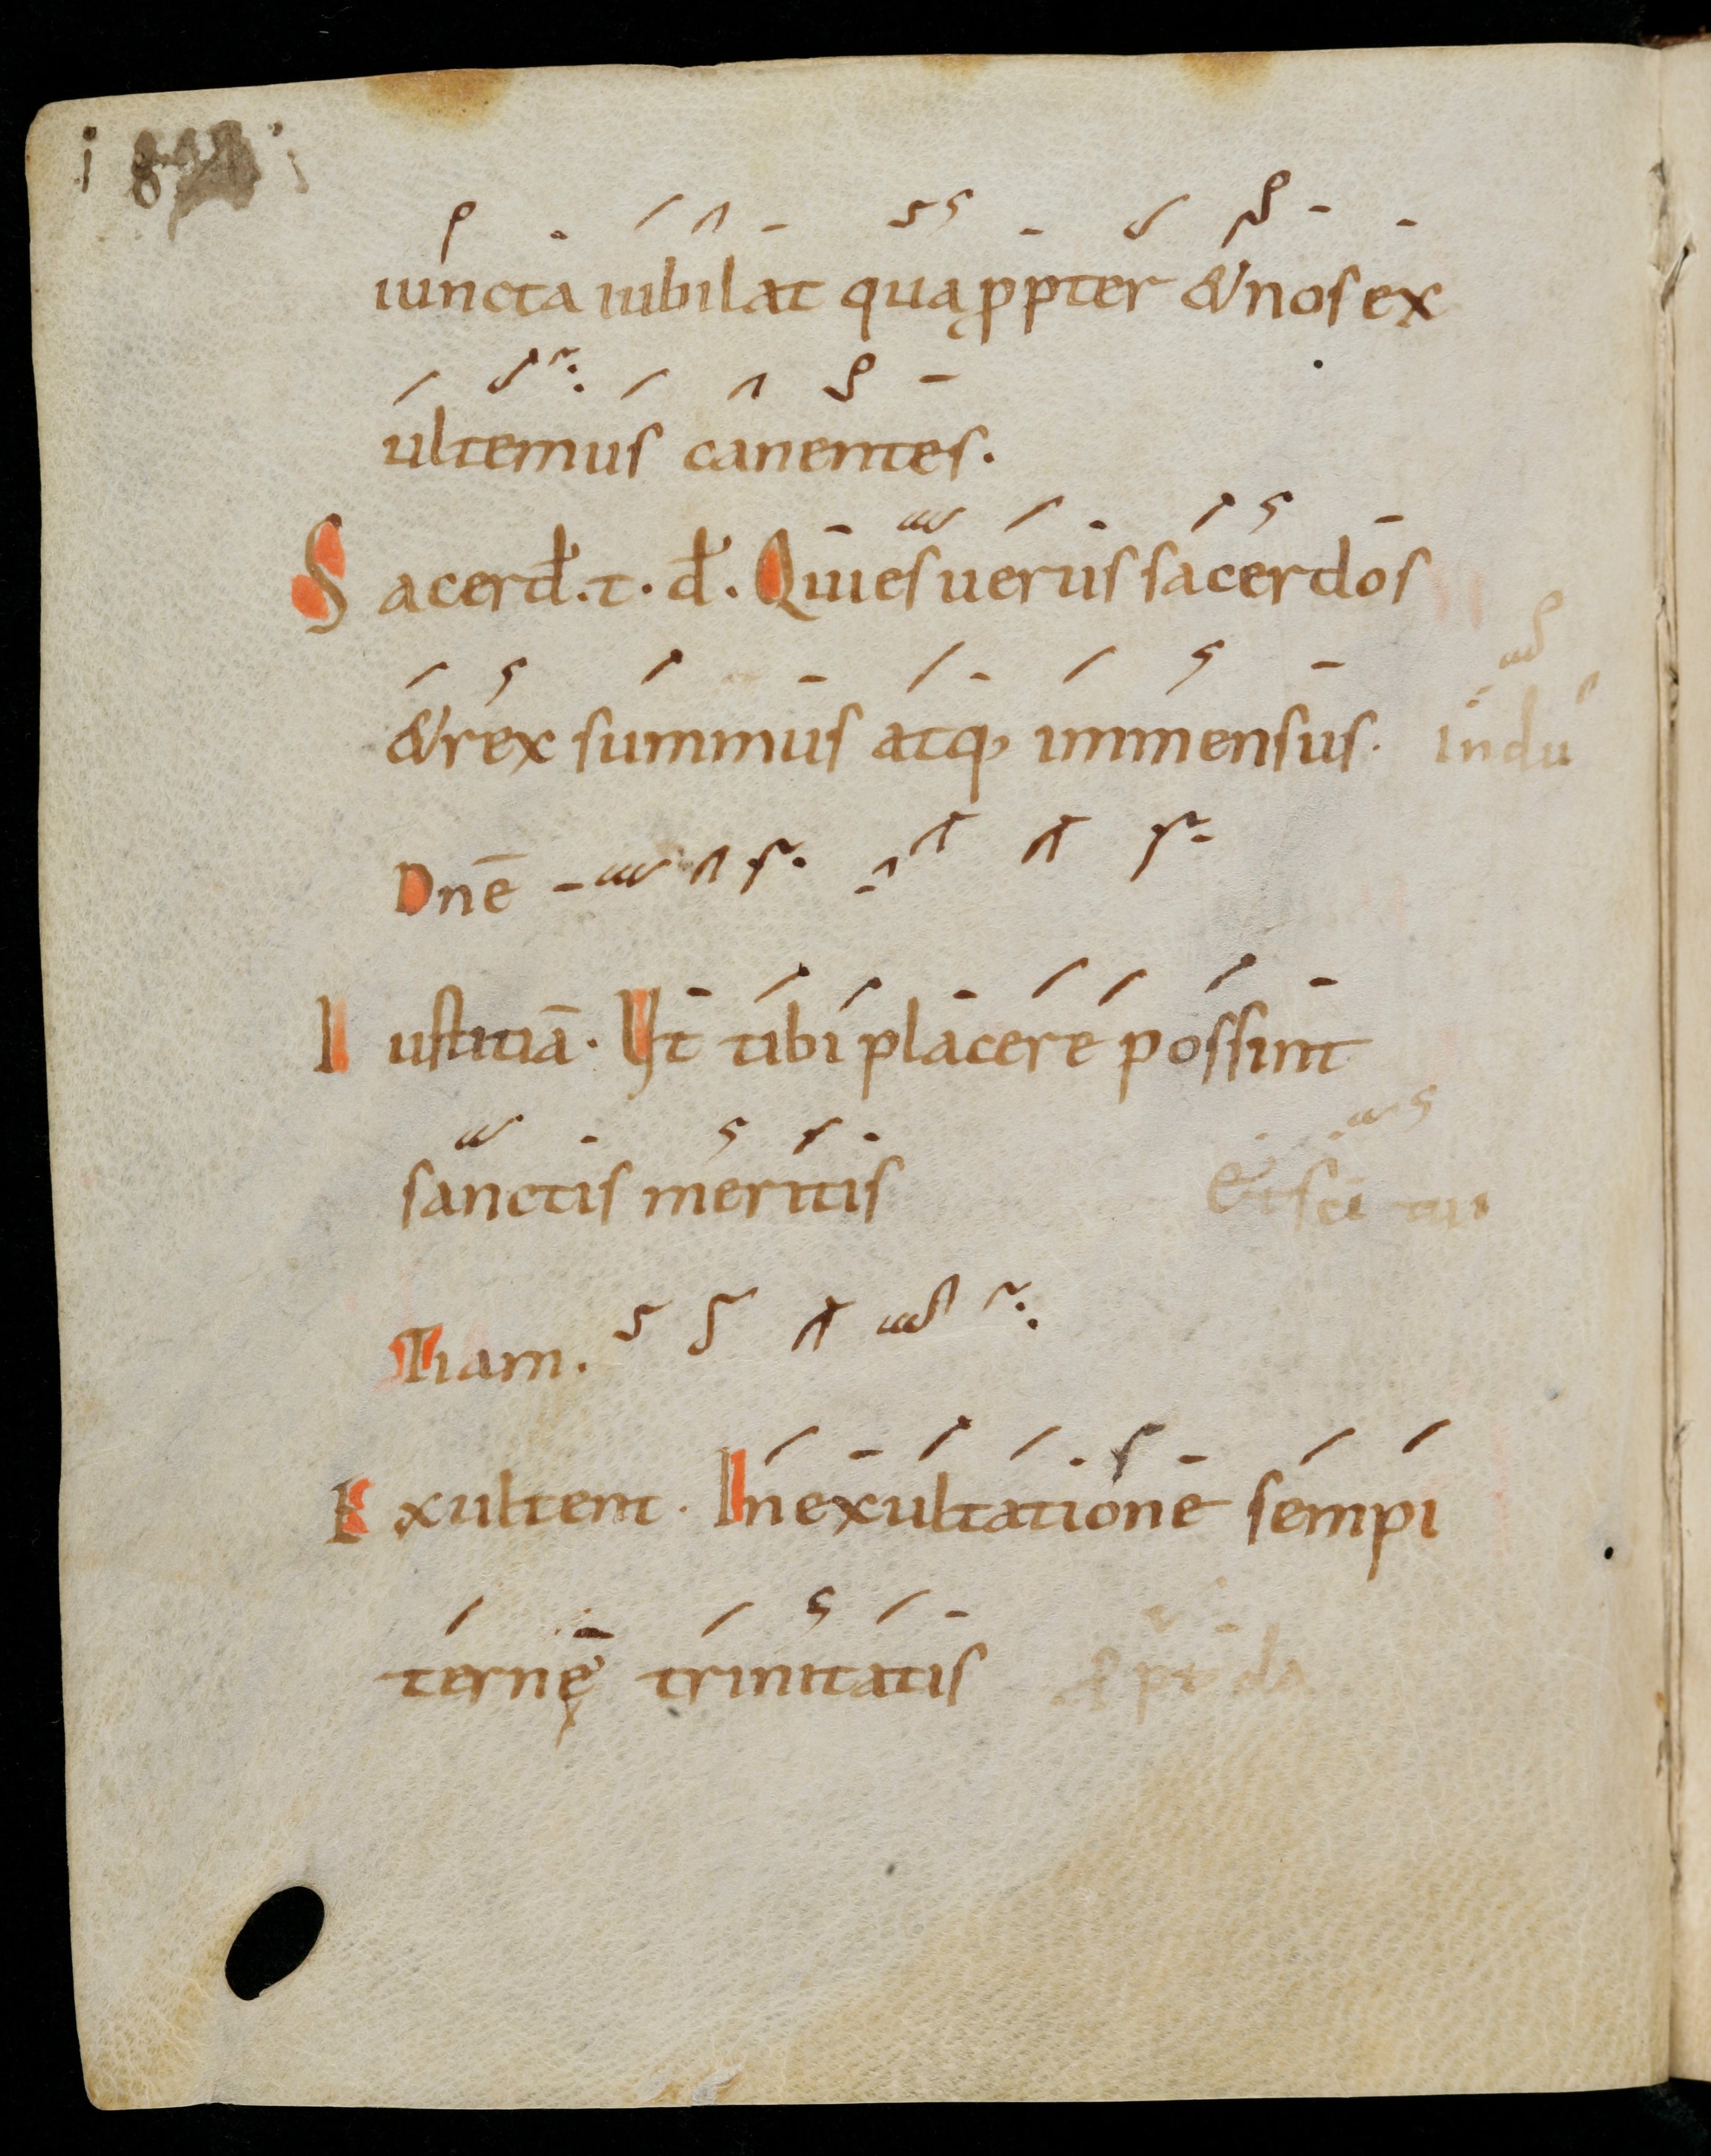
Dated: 900–999